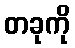
တခုကို